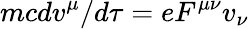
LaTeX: mcdv^{\mu}/d\tau=eF^{\mu\nu}v_{\nu}